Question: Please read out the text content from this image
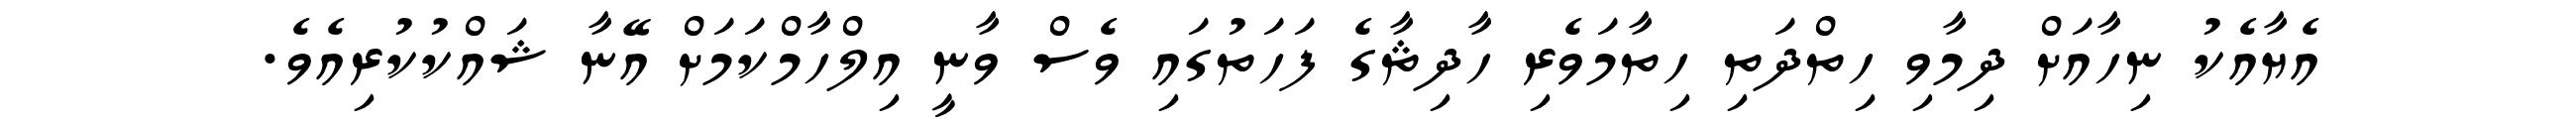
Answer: އެޔާއެކު ނިހާއަށް ދިމާވި ހިތްދަތި ހިތާމަވެރި ހާދިޘާގެ ފަހަތުގައި ވެސް ވާނީ އިލްހާމްކަމަށް އޭނާ ޝައްކުކުރިއެވެ.